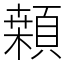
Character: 䫙